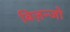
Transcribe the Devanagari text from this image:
बिज़न्जो